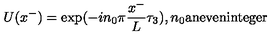
U ( x ^ { - } ) = \exp ( { - i n _ { 0 } \pi { \frac { x ^ { - } } { L } } \tau _ { 3 } ) } , n _ { 0 } \mathrm { { a n e v e n i n t e g e r } }